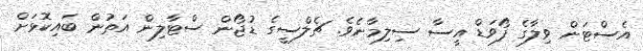
އެސްޓަން ވިލާގެ ފޯވަޑް އީސާ ސިލިމާނެެވެ. ޗެލްސީގެ ޑުޖޯން ސްޓާލިން އަތުން ބައިކޮޅަށް